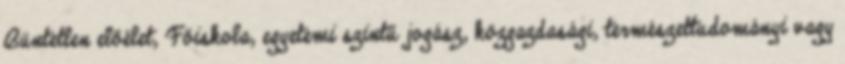
Büntetlen előélet, Főiskola, egyetemi szintű jogász, közgazdasági, természettudományi vagy